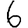
Digit: 6